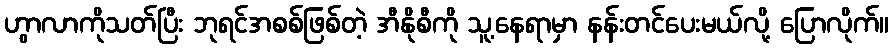
ဟွာလာကိုသတ်ပြီး ဘုရင်အစစ်ဖြစ်တဲ့ အီနိုစီကို သူ့နေရာမှာ နန်းတင်ပေးမယ်လို့ ပြောလိုက်။